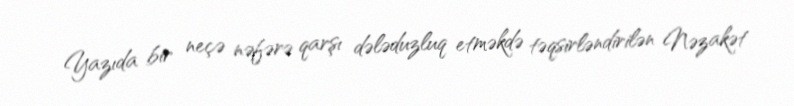
Yazıda bir neçə nəfərə qarşı dələduzluq etməkdə təqsirləndirilən Nəzakət